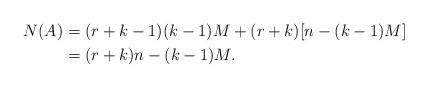
LaTeX: \begin{align*}N(A) &= (r+k-1)(k-1)M+(r+k)[n-(k-1)M] \\&= (r+k)n - (k-1)M.\end{align*}